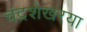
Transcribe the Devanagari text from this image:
चंद्रशेखरया